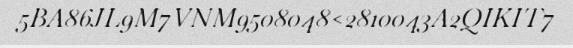
5BA86JL9M7VNM9508048<2810043A2QIKIT7